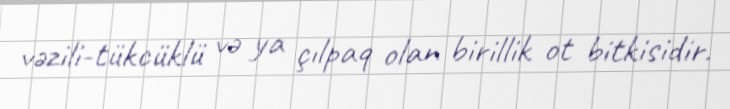
vəzili-tükcüklü və ya çılpaq olan birillik ot bitkisidir.